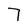
Character: 7